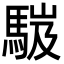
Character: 𩣞